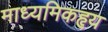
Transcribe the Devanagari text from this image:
माध्यमिकहृय